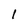
Character: l